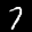
Label: 7